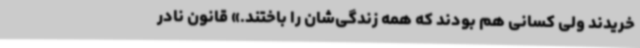
خریدند ولی کسانی هم بودند که همه زندگی‌شان را باختند.» قانون نادر